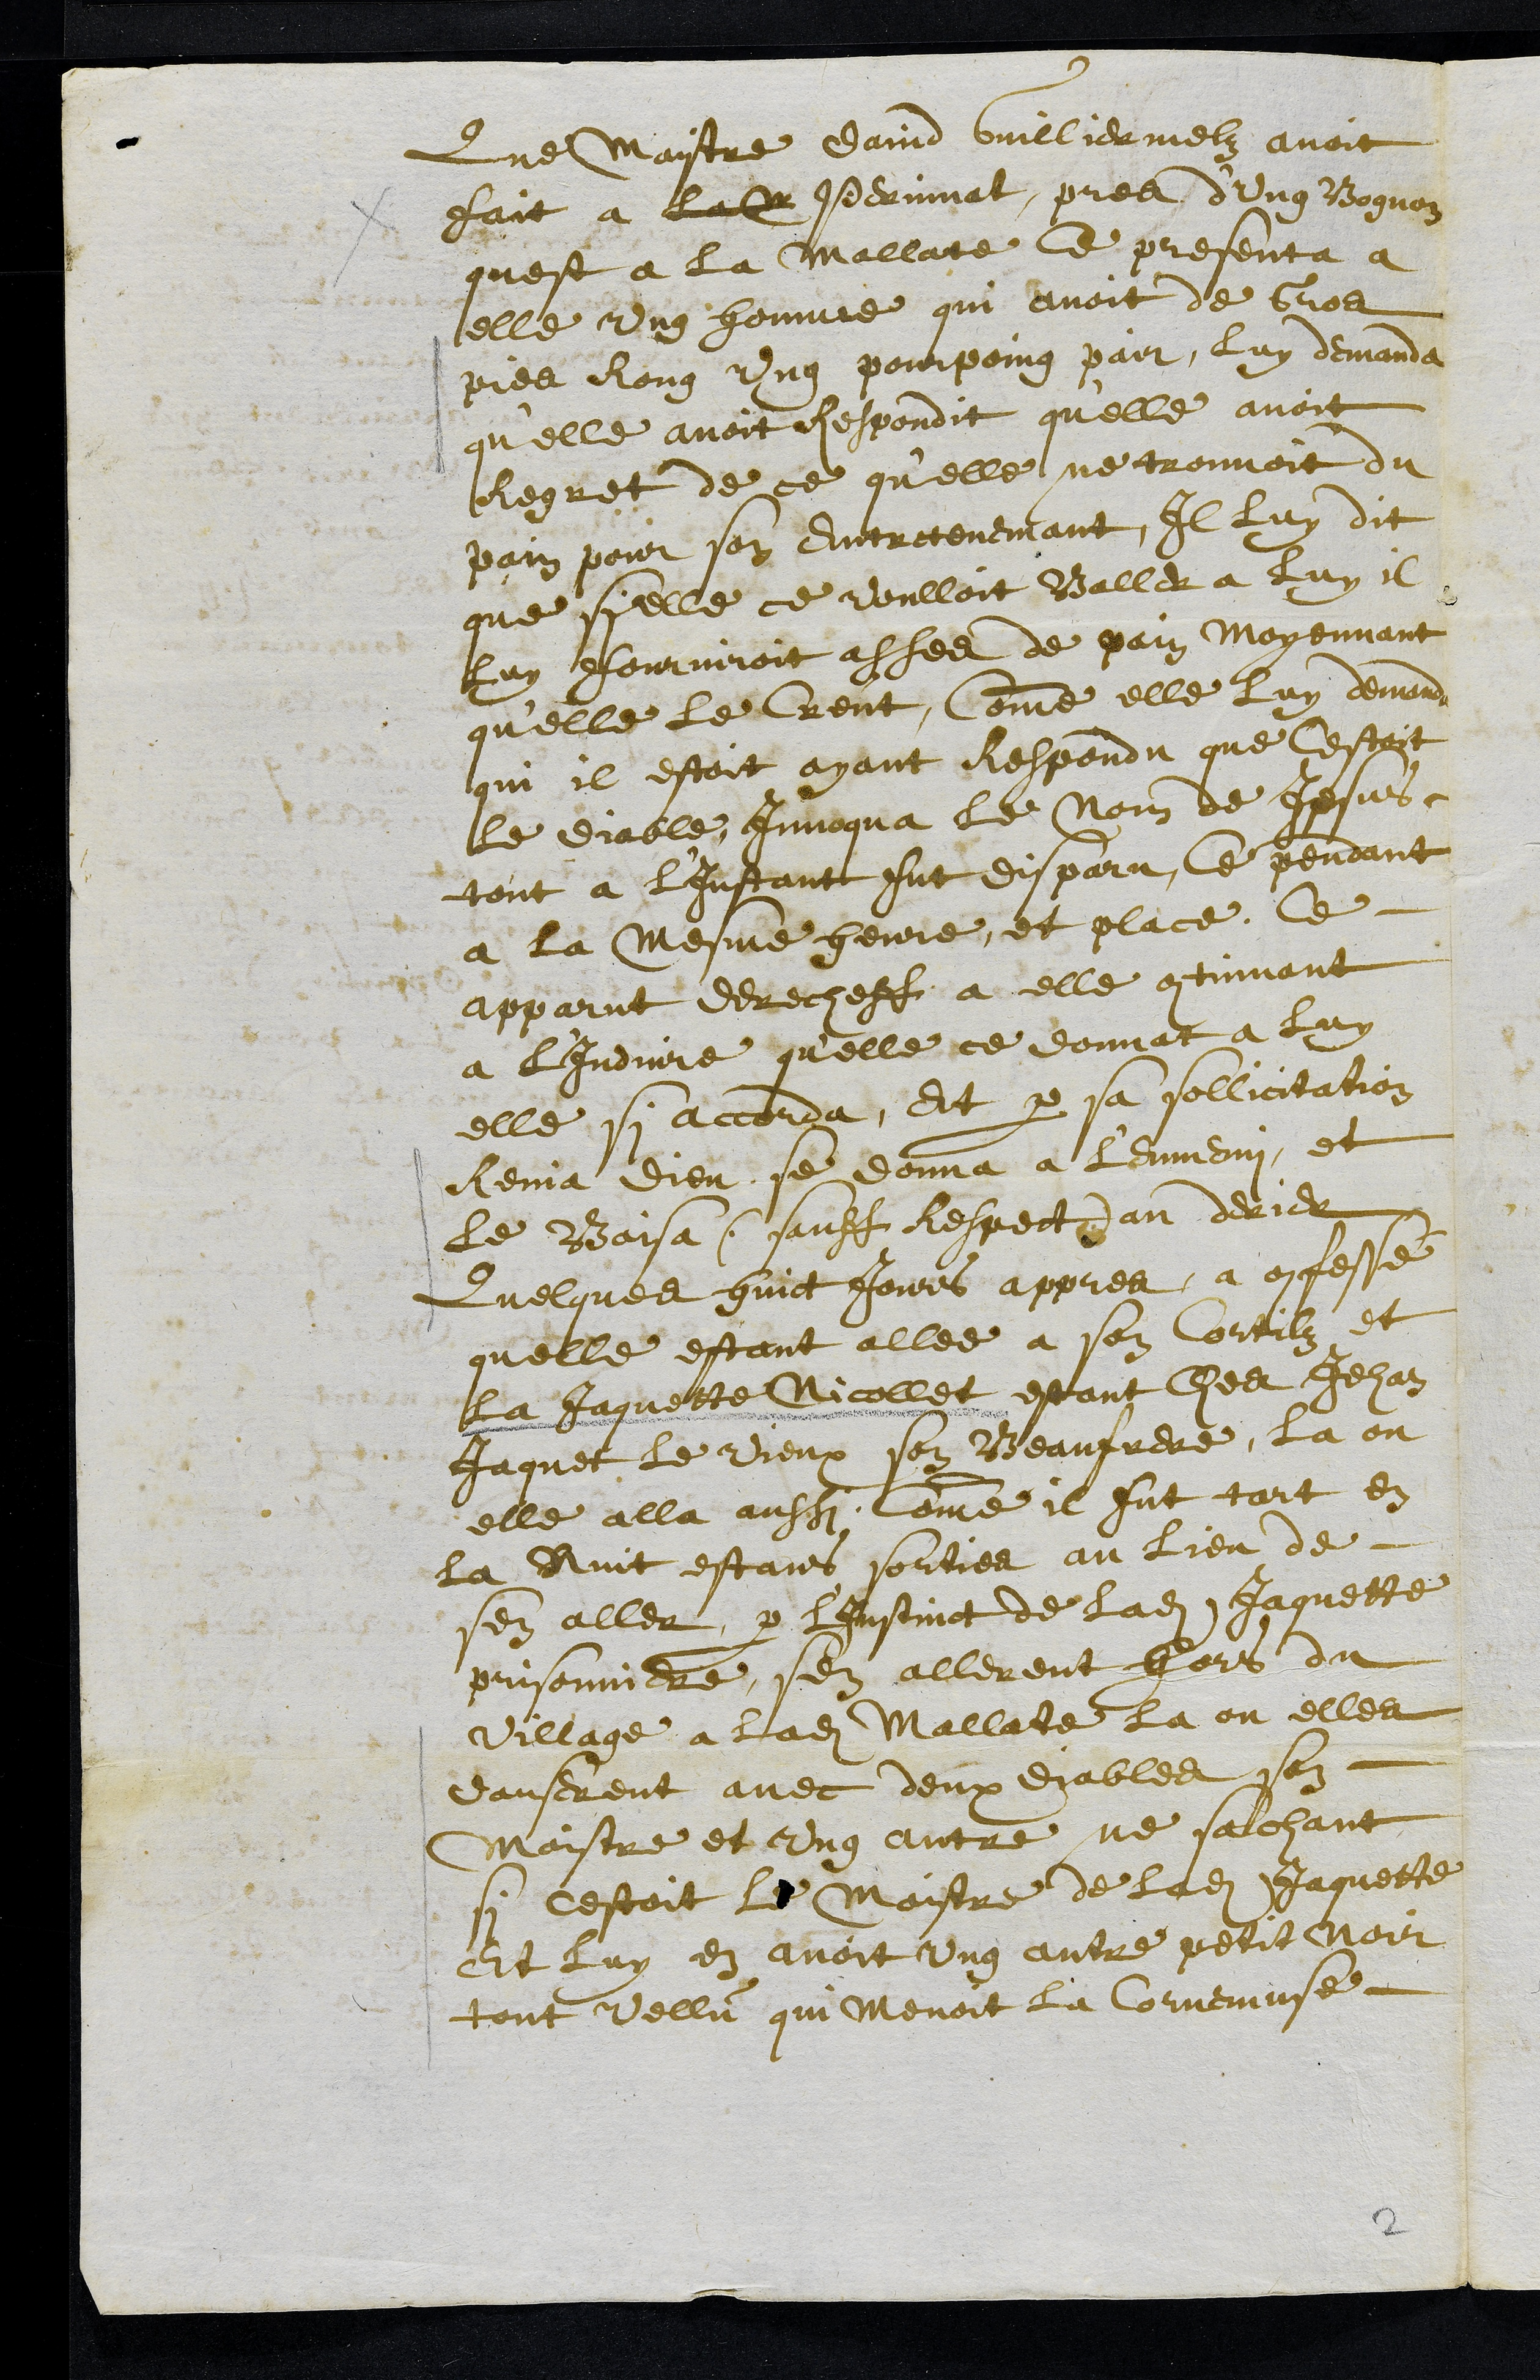
Que Maistre David Guilliermelz avoit
fait a laM Perrinat pres d'ung Bognon
quest a la Mallate Ce presenta a
elle ung homme qui avoit de Gros
pies Rong ung pourpoing pair, luy demanda
quelle avoit Respondit qu'elle avoit
Regret de ce qu'elle ne trouvoit du
pain pour son entretenemant, Il luy dit
que si elle ce voulloit Baller a luy il
luy fourniroit asses de pain moyennant
quelle le Creut, comme elle luy demanda
qui il estoit ayant respondu que cestoit
le diable, Invoqua le Nom de Jesus
tout a l’Instant fut disparu, Ce pendant
a la mesme heure et place, ce
apparut derecheff a elle continuant
a l'Induire qu'elle ce donnat a luy
elle si accorda, Et par sa sollicitation
Renia dieu, se donna a l'Ennemi et
le Baisa (sauff Respect) au derier
Quelques huict jours appres a confessé
quelle estant allee a son Cortilz et
la Jaquette Nicollet estant ches Jehan
Jaquet le Vieux son Beaufrere, la ou
elle alla aussi, comme il fut tart en
la Nuit estans sorties au lieu de
sen aller, par l'Instinct de ladite Jaquette
prisonniere, sen allerent hors du
village a ladite Mallate la ou elles
danserent avec deux diables son
Maistre et ung autre ne sachant
si cestoit le maistre de ladite Jaquette
Et luy en avoit ung autre petit noir
tout vellu qui menoit la Cornemuse
2